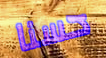
حسنا